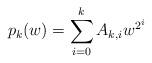
LaTeX: \begin{align*}p_k(w)=\sum_{i=0}^k A_{k,i}w^{2^i}\end{align*}